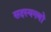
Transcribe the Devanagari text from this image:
सदस्यगणों